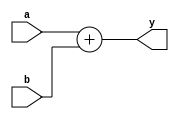
module sum(input  wire [9:0] a, b,
             output wire [9:0] y);
  assign y = a + b;
endmodule